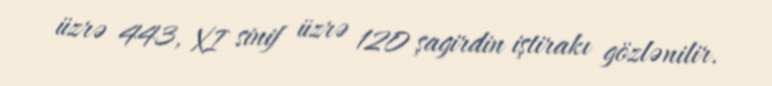
üzrə 443, XI sinif üzrə 120 şagirdin iştirakı gözlənilir.